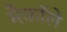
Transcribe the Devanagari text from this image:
मैकाॅले